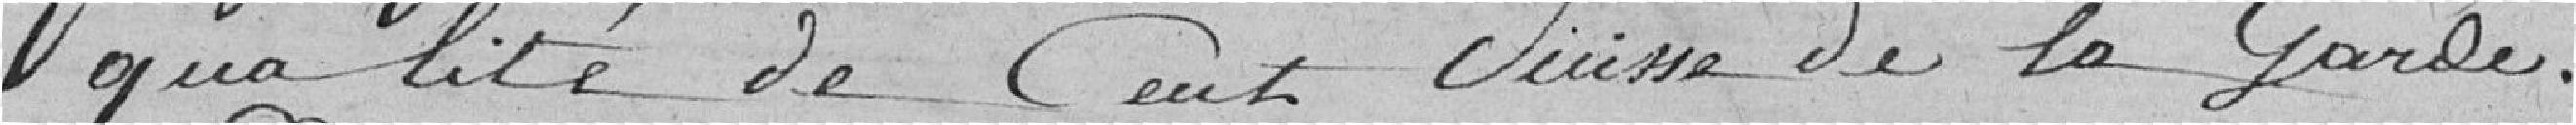
qualité de cent suisses de la Garde.